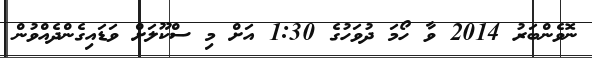
ނޮވެންބަރު 2014 ވާ ހޯމަ ދުވަހުގެ 1:30 އަށް މި ސްކޫލަށް ވަޑައިގެންދެއްވުން